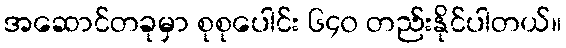
အဆောင်တခုမှာ စုစုပေါင်း ၆၄၀ တည်းနိုင်ပါတယ်။